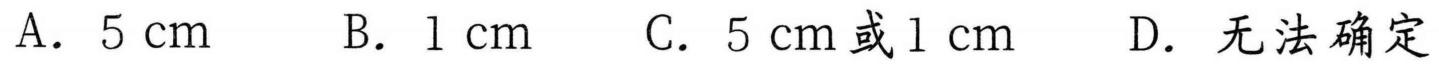
A. $5\ \text{cm}$  B. $1\ \text{cm}$  C. $5\ \text{cm}$或$1\ \text{cm}$  D. 无法确定